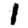
Digit: 1